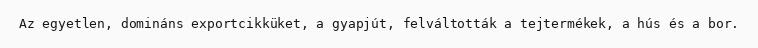
Az egyetlen, domináns exportcikküket, a gyapjút, felváltották a tejtermékek, a hús és a bor.